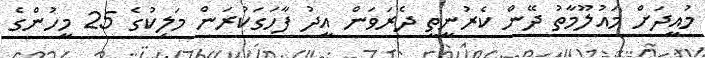
މުއީދަށް މައުލޫމާތު ދޭން ކެރުނީތީ ދެރަވަން އީދު ފާހަގަކުރަން މަލިކުގެ 25 މީހުންގެ